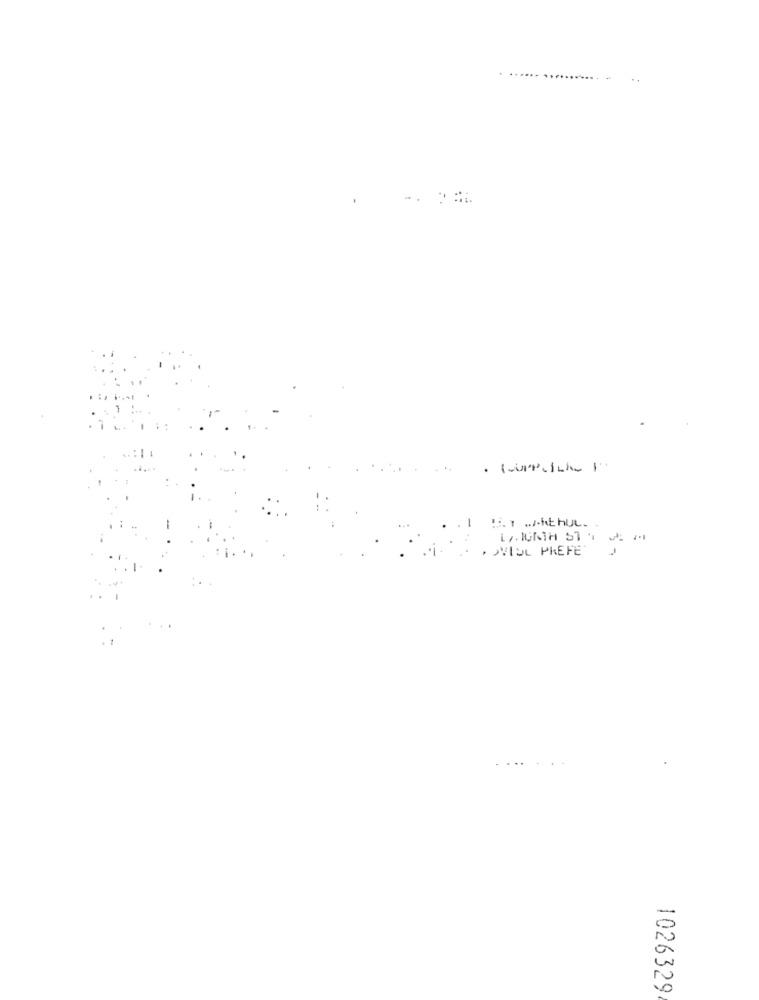
.>VIOL PREFER
1026329